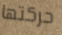
حركتها